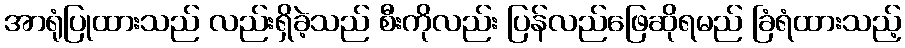
အာရုံပြုထားသည် လည်းရှိခဲ့သည် စီးကိုလည်း ပြန်လည်ဖြေဆိုရမည် ခြံရံထားသည့်